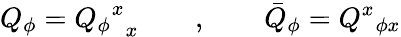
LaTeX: {Q}_{\phi}={{{Q}_{\phi}}^{x}}_{x}\qquad,\qquad\bar{Q}_{\phi}={{Q}^{x}}{_{\phi x}}